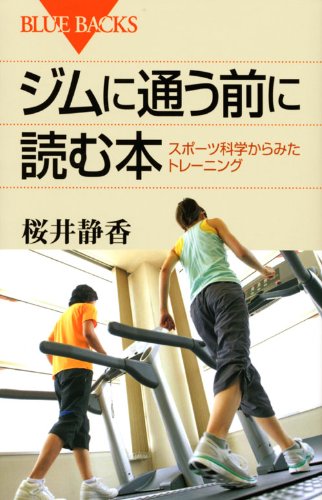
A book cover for Book read before you go to the gym - training as seen from the Sports Science (Blue Backs) (2010) ISBN: 4062576953 [Japanese Import]; Sports & Outdoors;